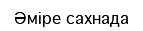
Әміре сахнада